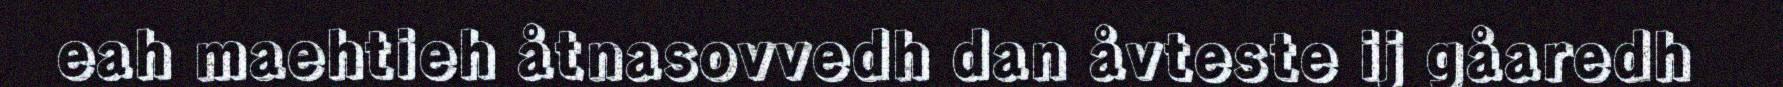
eah maehtieh åtnasovvedh dan åvteste ij gåaredh